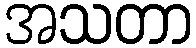
အသတာ